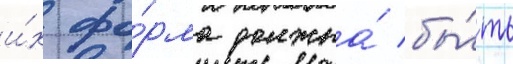
и́х фо́рма должна́ бы́ть